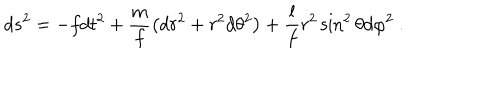
d s ^ { 2 } = - f d t ^ { 2 } + \frac { m } { f } \left( d r ^ { 2 } + r ^ { 2 } d \theta ^ { 2 } \right) + \frac { l } { f } r ^ { 2 } \sin ^ { 2 } \theta d \varphi ^ { 2 } \ .